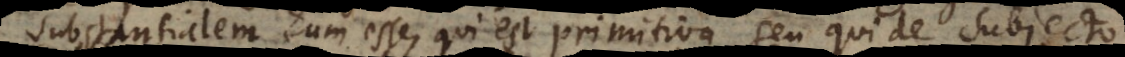
substantialem eum esse, qui est primitivus, seu qui de subjecto